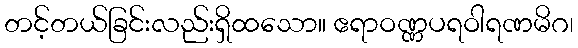
တင့်တယ်ခြင်းလည်းရှိထသော။ ဧရာဝဏ္ဏပရဝါရဏမိဂ၊